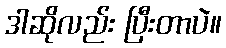
ဒါဆိုလည်း ပြီးတာပဲ။